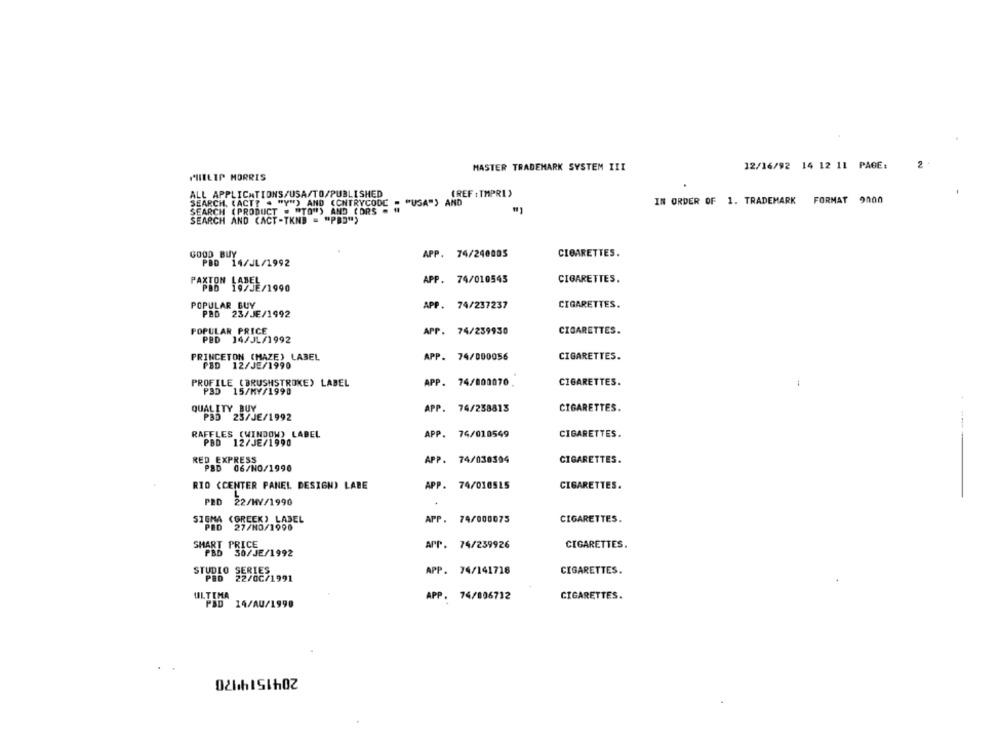
2
MASTER TRADEMARK SYSTEM III
12/16/92 14 12 11 PAGE:
PHILIP MORRIS
ALL APPLICATIONS/USA/TO/PUBLISHED
(REF : TMPRI)
IN ORDER OF 1. TRADEMARK FORMAT 9000
SEARCH. (ACT? " "Y") AND (CNTRYCODE = "USA") AND
SEARCH (PRODUCT . "TO") AND (DRS . #
SEARCH AND CACT-TKNB = "PBD")
GOOD BUY
APP. 74/240005
CIGARETTES.
PBD 14/JL/1992
PAXTON LABEL
APP. 74/010545
CIGARETTES.
PBD 19/JE/1990
POPULAR BUY
APP. 74/237237
CIGARETTES.
PED 23/JE/1992
POPULAR PRICE
APP. 74/239930
CIGARETTES.
PED 14/JL/1992
PRINCETON (MAZE) LABEL
APP. 74/000056
CIGARETTES.
12/JE/1990
PROFILE (BRUSHSTROKE) LABEL
APP. 74/800070
CIGARETTES.
PAD 15/MY/1990
APP. 74/238813
CIGARETTES.
PSD 23/JE/1992
RAFFLES (WINDOW) LABEL
APP. 74/010549
CIGARETTES.
PBD 12/JE/1990
RED EXPRESS
APP. 74/030304
CIGARETTES.
PSD 06/NO/1990
RIO (CENTER PANEL DESIGN) LABE
APP. 74/010515
CIGARETTES.
PED
22/HV/1990
SIGMA (GREEK) LABEL
APP. 74/000075
CIGARETTES.
PID
27/NO/1990
SMART PRICE
APP. 74/239926
CIGARETTES.
PBD
50/JE/1992
STUDIO
APP. 74/141718
CIGARETTES.
PBD
22/02/1991
ULTIMA
APP. 74/006712
CIGARETTES.
PSD
14/AU/1990
2041514'170